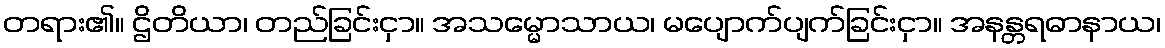
တရား၏။ ဌိတိယာ၊ တည်ခြင်းငှာ။ အသမ္မောသာယ၊ မပျောက်ပျက်ခြင်းငှာ။ အနန္တရဓာနာယ၊